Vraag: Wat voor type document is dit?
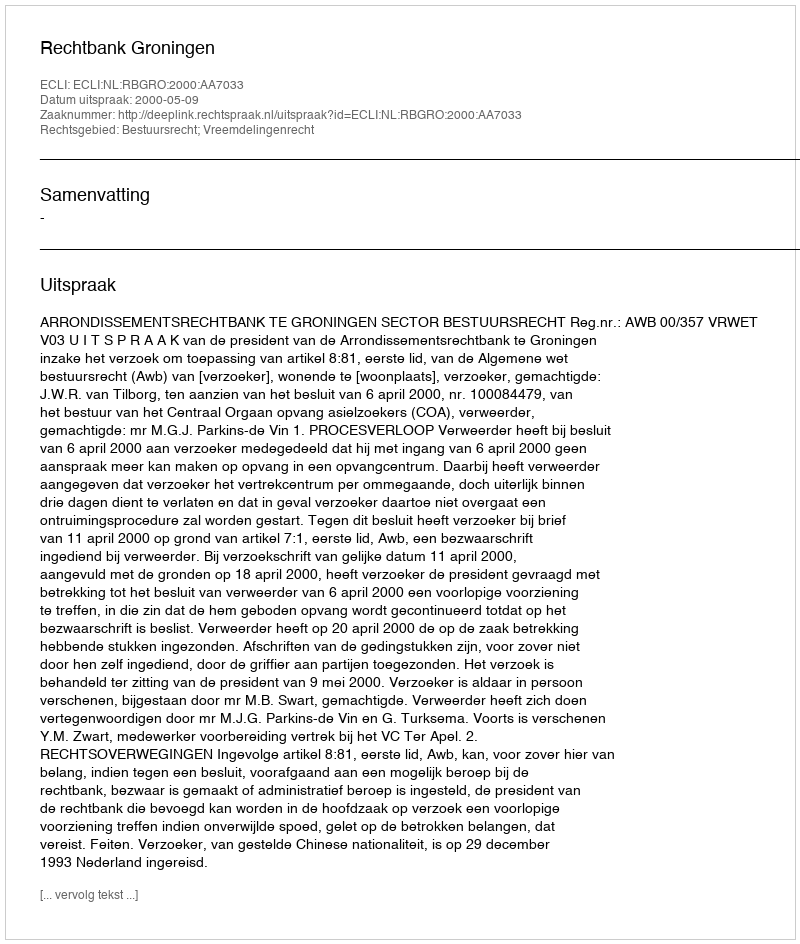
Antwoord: Uitspraak